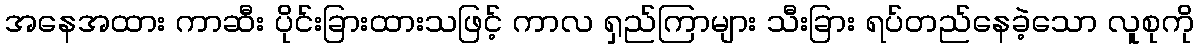
အနေအထား ကာဆီး ပိုင်းခြားထားသဖြင့် ကာလ ရှည်ကြာများ သီးခြား ရပ်တည်နေခဲ့သော လူစုကို